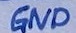
Text: GND